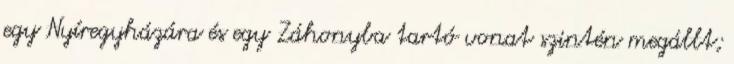
egy Nyíregyházára és egy Záhonyba tartó vonat szintén megállt;